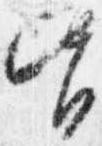
皆